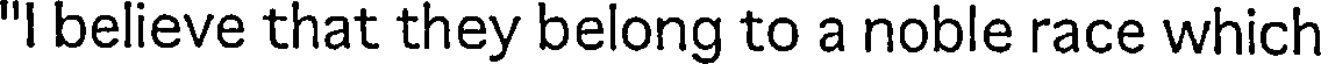
"I believe that they belong to a noble race which